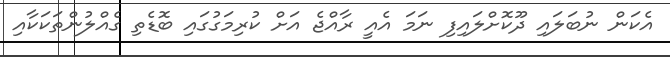
އެކަން ނުބަލައި ދޫކޮށްލައިފި ނަމަ އެއީ ރާއްޖެ އަށް ކުރިމަގުގައި ބޮޑެތި ގެއްލުންތަކަކާއި